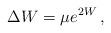
LaTeX: \begin{align*}\Delta W = \mu e^{2W}\,, \end{align*}